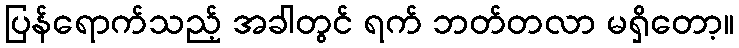
ပြန်ရောက်သည့် အခါတွင် ရက် ဘတ်တလာ မရှိတော့။